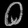
Digit: ၀